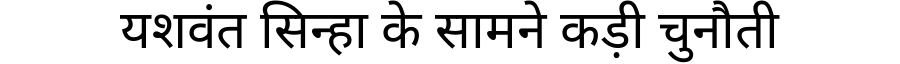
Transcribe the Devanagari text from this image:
यशवंत सिन्हा के सामने कड़ी चुनौती